Report on horse surra - Volume I
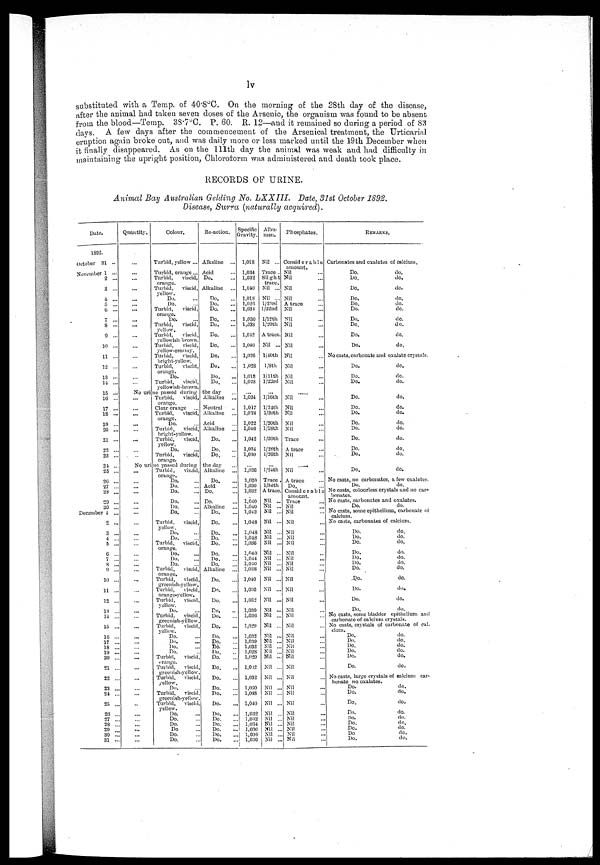
lv
substituted with a Temp. of 40.8°C. On the morning of the 28th day of the disease,
after the animal had taken seven doses of the Arsenic, the organism was found to be absent;
from the blood—Temp. 38.7°C. P. 60. 11. 12—and it remained so during a period of 83
days. A few days after the commencement of the Arsenical treatment, the Urticarial
eruption again broke out, and was daily more or less marked until the 19th December when
it finally disappeared. As on the 111th day the animal was weak and had difficulty in
maintaining the upright position, Chloroform was administered and death took place.
RECORDS OF URINE.
Animal Bay Australian Gelding No. LXXIII.
Date, 3lst October 1892.
Disease. Surra (naturally acquired).
Date.
1892.
October 31 ...
November 1 ...
2 ...
3 ...
4 ...
5
6 ...
7 ...
8 ...
9 ...
10 ...
11 ...
12 ...
13 ...
14 ...
15 ...
10 ...
17 ...
18 ...
10 ...
20 ...
21 ...
22 ...
23 ...
21 ...
25 ...
26 ...
27 ...
28 ...
20 ...
30 ...
December 1 ...
2 ...
3 ...
4 ...
5 ...
6 ...
7 ...
8 ...
9 ...
10 ...
11 ...
12 ...
13 ...
14 ...
15 ...
16 ...
17 ...
18 ...
19 ...
20 ...
21 ...
22 ...
23 ...
24 ...
25 ...
20 ..
27 ..
28 ..
29 ...
30 ...
31 ...
Quantity.
...
...
...
... ...
...
...
...
...
...
...
...
...
...
Colour.
Turbid, yellow ...
Turbid, orange...
Turbid,
viscid,
orange.
Turbid,
viscid,
yellow.
Do.
Do.
Turbid,
viscid,
orange.
Do.
Turbid,
viscid,
yellow.
Turbid,
viscid,
yellowish-brown.
Turbid,
viscid,
yellow-creamy.
Turbid,
viscid,
bright-yellow.
Turbid,
viscid,
orange.
Do.
Turbid,
viscid,
yellowish-brown.
Reaction.
Alkaline
...
Acid
Do.
Alkaline
Do.
Do.
Do.
Do.
Do.
Do.
Do.
Do.
Do.
Do.
Do.
No urine passed during the day ...
...
...
...
...
...
...
...
Turbid,
viscid,
orange.
Clear orange
Turbid,
viscid,
orange.
Do.
Turbid,
viscid,
bright-yellow.
Turbid,
viscid,
yellow.
Do.
Turbid,
viscid,
orange.
Alkaline
Neutral
Alkaline
Acid
Alkaline
Do.
Do.
Do.
No urine passed during the day ...
...
...
...
...
...
...
...
...
...
...
...
...
...
...
...
...
...
...
...
...
...
...
...
...
... ...
...
...
...
...
...
...
...
... ...
...
...
Turbid, viseid,
orange.
Do.
Do.
Do.
Do.
Do.
Do.
Turbid,
viscid,
yellow.
Do.
Do.
Turbid,
viscid,
orange.
Do.
Do.
Do.
Turbid,
viscid,
orange.
Turbid,
viscid,
greenish-yellow.
Turbid,
viscid,
orange-yellow.
Turbid,
viscid,
yellow.
Do.
Turbid,
viscid,
greenish-yellow.
Turbid,
viscid,
yellow.
Do.
Do.
Do.
Do.
Turbid,
viscid,
orange.
Turbid,
viscid,
greenish-yellow.
Turbid,
viscid,
yellow.
Do.
...
Turbid,
viscid
greenish-yellow.
Turbid,
viscid,
yellow.
Do.
Do.
Do.
Do
Do.
Do.
Alkaline
Do.
Acid
Do.
Do.
Alkaline
Do.
Do.
Do.
Do.
Do.
Do.
Do.
Do.
Alkaline
Do.
Do.
Do.
Do.
Do.
Do.
Do.
Do.
Ho.
Do.
Do.
Do.
Do.
Do.
Do.
Do.
Do.
Do.
Do.
Do.
Do.
Do.
Specific
Gravity.
1,018
1,034
1,032
1,040
1,018
1,020
1,034
1,030
1,038
1,042
1,040
1,026
1,028
1,018
1,028
... 1,034
1,017
1,024
1,022
1,046
1,042
1,034
1,030
1,026
1,020
1,030
1,032
1,040
1,040
1,042
1,048
1,048
1,048
1,036
1,040
1,044
1,040
1,038
Al bumen.
Nil ...
Trace .
Slight
trace.
Nil ...
Nil ...
l/23rd
l/22nd
l/12th
l/20th
A trace.
Nil ...
l/40th
1/8th
1/11th
l/23rd
... l/16th
l/24th
l/20th
l/20th
l/18th
l/20th
l/26th
l/26th
l/24th
Trace .
l/34th
A trace.
Nil ...
Nil ...
Nil ...
Nil ...
Nil ...
Nil ...
Nil ...
Nil ...
Nil ...
Nil ...
Nil ...
1,010
1,030
1,032
1,030
1,036
1,029
1,032
1,030
1,032
1,028
1,020
1,062
1,032
1,030
1,038
1,010
1,032
1,032
1,034
1,030
1,030
1,030
Nil ...
Nil ...
Nil ...
Nil ...
Nil ...
Nil ...
Nil ...
Nil ...
Nil ...
Nil ...
Nil ...
Nil ...
Nil ...
Nil ...
Nil ..
Nil ...
Nil ..
Nil ..
Nil ...
Nil ...
Nil ..
Nil ...
Phosphates.
Considerable
amount.
Nil
Nil
Nil
Nil
A trace
Nil
Nil
Nil
Nil
Nil
Nil
Nil
Nil
Nil
..... Nil
Nil
Nil
Nil
Nil
Trace
A trace
Nil
Nil
A trace
Do.
Considerable
amount.
Trace
Nil
Nil
Nil
Nil
Nil
Nil
Nil
Nil
Nil
Nil
Nil
Nil
Nil
Nil
Nil
Nil
Nil
Nil
Nil
Nil
Nil
Nil
Nil
Nil
Nil
Nil
Nil
Nil
Nil
Nil
Nil
Nil
REMARKS.
Carbonates and oxalates of calcium.
Do.
do.
Do.
do.
Do.
do.
Do.
do.
Do.
do.
Do.
do.
Do.
do.
Do.
do.
Do.
do.
Do.
do.
No casts, carbonate and oxalate crystals.
Do.
do.
Do.
do.
Do.
do.
Do.
do.
Do.
do.
Do.
do.
Do.
do.
Do.
do.
Do.
do.
Do.
do.
Do.
do.
Do.
do.
No casts, no carbonates, a few oxalates
Do.
do.
No casts, colourless crystals and no car-
bonates.
No casts, carbonates and oxalates.
Do.
do.
No casts, some epithelium, carbonate of
calcium.
No casts, carbonates of calcium.
Do.
do.
Do.
do.
Do.
do,
Do.
do.
Do.
do.
Do.
do.
Do.
do.
Do.
do.
Do.
do.
Do.
do.
Do.
do.
No casts, some bladder epithelium and
carbonate of calcium crystals.
No casts, crystals of carbonate of cal-
cium.
Do.
do.
Do.
do.
Do.
do.
Do.
do.
Do.
do.
Do.
do.
No casts, large crystals of calcium car-
bonate no oxalates.
Do.
do.
Do.
do.
Do.
do.
Do.
do.
Do.
do.
Do.
do.
Do.
do.
Do
do.
Do.
do.